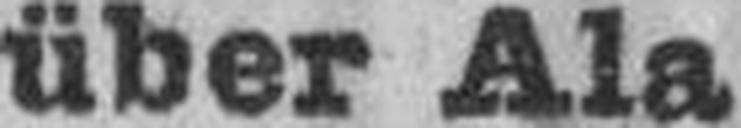
über Ala